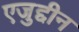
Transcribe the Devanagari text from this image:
एजुद्दीन